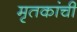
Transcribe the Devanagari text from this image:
मृतकांची